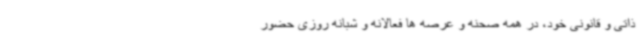
ذاتی و قانونی خود، در همه صحنه و عرصه ها فعالانه و شبانه روزی حضور